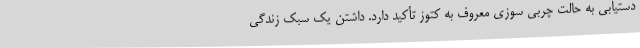
دستیابی به حالت چربی سوزی معروف به کتوز تأکید دارد. داشتن یک سبک زندگی